Annual administration report of the Civil Veterinary Department of India - 1907-1908
Year: 1907
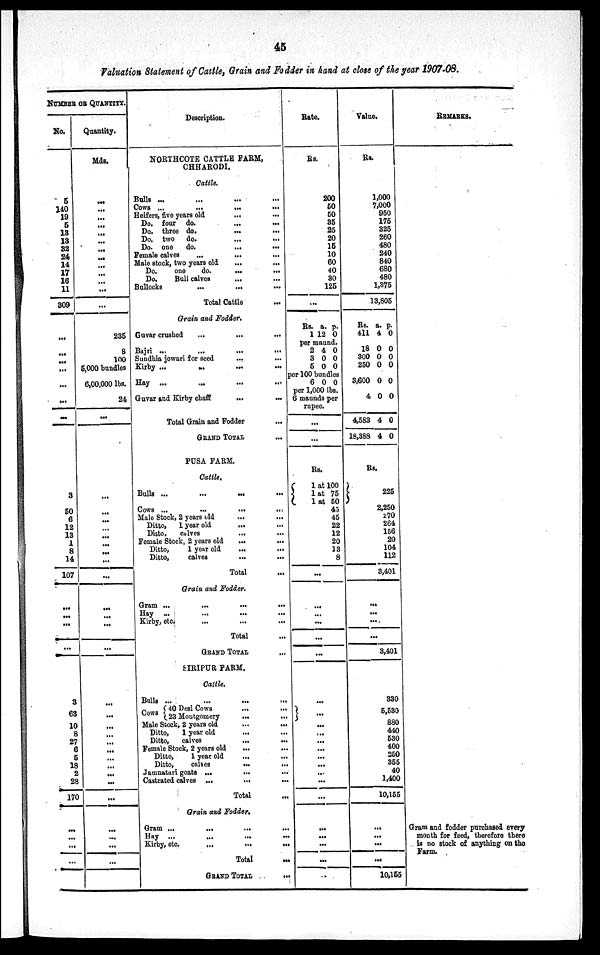
45
Valuation Statement of Cattle, Grain and Fodder in hand at close of the year 1907-08.
NUMBER OR QUANTITY.
No.
5
140
19
5
13
13
32
24
14
17
16
11
309
...
...
...
...
...
...
...
3
50
6
12
13
1
8
14
107
...
...
...
...
...
3
63
10
8
27
6
5
18
2
28
170
...
...
...
...
Quantity.
Mds.
...
...
...
...
...
...
...
...
...
...
...
...
...
235
8
100
5,000 bundles
6,00,000 lbs.
24
...
...
...
...
...
...
...
...
...
...
...
...
...
...
...
...
...
...
...
...
...
...
...
...
...
...
...
...
...
Description.
NORTHCOTE CATTLE FARM,
CHHARODI.
Cattle.
Bulls ... ... ... ...
Cows ...
...
...
...
Heifers, five years old
... ...
Do. four do.
...
...
Do. three
do.
...
...
Do. two
do.
...
...
Do. one
do.
...
...
Female calves
...
...
Male stock, two years old
...
...
Do.
one
do.
...
...
Do.
Bull calves
... ...
Bullocks
...
... ...
Total Cattle ...
Grain and Fodder.
Guvar crushed
...
...
...
Bajri ... ... ... ...
Sundhia jowari for seed ... ...
Kirby
...
...
...
...
Hay ... ... ... ...
Guvar and Kirby chaff
...
...
Total Grain and Fodder
...
GRAND TOTAL
PUSA FARM.
Cattle.
Bulls ...
...
...
...
Cows ...
...
...
...
Male Stock, 2 years old ... ...
Ditto,
1 year old
...
...
Ditto,
calves
... ...
Female Stock, 2 years old
...
...
Ditto,
1 year old
...
...
Ditto,
calves
...
...
Total ...
Grain and Fodder.
Gram ...
...
...
...
Hay...
...
...
...
Kirby, etc. ... ... ...
Total ...
GRAND TOTAL ...
SIRIPUR FARM.
Cattle.
Bulls ... ... ... ...
Cows { 40 Desi Cows
...
...
23 Montgomery ... ...
Male Stock, 2 years old
...
...
Ditto, 1 year old ... ...
Ditto,
calves ... ...
Female Stock, 2 years old
... ...
Ditto,
1 year old ... ...
Ditto,
calves
...
...
Jamnatari goats ...
...
Castrated calves ...
...
Total ...
Grain and Fodder.
Gram ...
...
...
...
Hay ... ... ... ...
Kirby, etc.
...
...
...
Total ...
GRAND TOTAL ...
Rate.
Rs.
200
50
50
35
25
20
15
10
60
40
30
125
...
Rs.
1
a.
12
p.
0
per maund.
2
3
5
4
0
0
0
0
0
per 100 bundles
6 0 0
per 1,000 lbs.
6 maunds per
rupee.
...
...
Rs.
1 at 100
1 at 75
1 at 50
45
45
22
12
20
13
8
...
...
...
...
...
...
...
...
...
...
...
...
...
...
...
...
...
...
...
...
...
Value.
Rs.
1,000
7,000
950
175
325
260
480
240
840
680
480
1,375
13,805
Rs.
411
18
300
250
3,600
4
4,583
18,388
a.
4
0
0
0
0
0
4
4
p.
0
0
0
0
0
0
0
0
Rs.
225
2,250
270
264
156
20
104
112
3,401
...
...
...
...
3,401
330
5,530
880
440
530
400
250
355
40
1,400
10,155
...
...
...
...
10,155
REMARKS.
Gram and fodder purchased every
month for feed, therefore there
is no stock of anything on the
Farm.